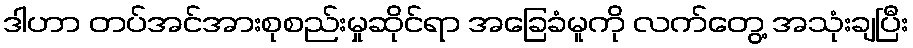
ဒါဟာ တပ်အင်အားစုစည်းမှုဆိုင်ရာ အခြေခံမူကို လက်တွေ့ အသုံးချပြီး